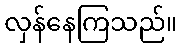
လှန်နေကြသည်။